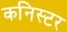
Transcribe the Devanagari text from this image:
कनिस्टर